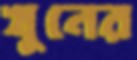
খুনের